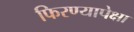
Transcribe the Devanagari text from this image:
फिरण्यापेक्षा